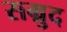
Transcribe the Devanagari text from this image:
सम्रुद